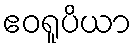
ဧဝရူပိယာ